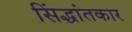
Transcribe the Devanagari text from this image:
सिंद्धांतकार